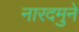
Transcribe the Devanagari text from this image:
नारदमुने